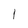
Character: 1